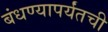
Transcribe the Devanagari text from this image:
बंधण्यापर्यंतची